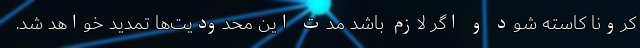
کرونا کاسته شود و اگر لازم باشد مدت این محدودیت‌ها تمدید خواهد شد.